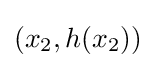
(x_{2},h(x_{2}))